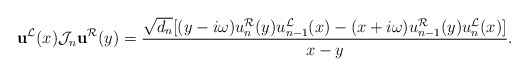
\begin{align*}\mathbf{u}^{\mathcal{L}}(x)\mathcal{J}_n \mathbf{u}^{\mathcal{R}}(y)=\dfrac{\sqrt{d_{n}}[(y-i\omega)u_{n}^{\mathcal{R}}(y)u_{n-1}^{\mathcal{L}}(x)-(x+i\omega)u_{n-1}^{\mathcal{R}}(y)u_{n}^{\mathcal{L}}(x)]}{x-y}. \end{align*}